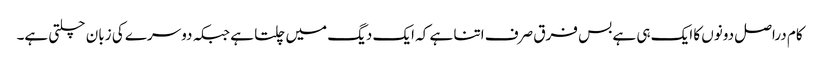
کام دراصل دونوں کا ایک ہی ہے بس فرق صرف اتنا ہے کہ ایک دیگ میں چلتا ہے جبکہ دوسرے کی زبان چلتی ہے۔